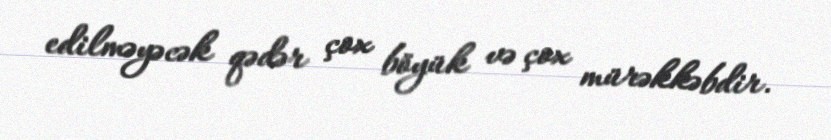
edilməyəcək qədər çox böyük və çox mürəkkəbdir.